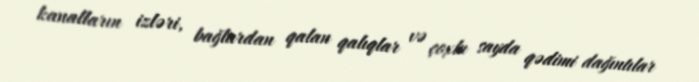
kanalların izləri, bağlardan qalan qalıqlar və çoxlu sayda qədimi dağıntılar